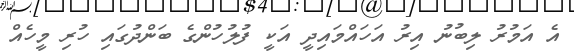
އެ އަމުރު ލިބުނު އިރު އަހައްމައިދީ އަކީ ފުލުހުންގެ ބަންދުގައި ހުރި މީހެއް